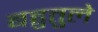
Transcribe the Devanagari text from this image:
बहुतुले